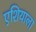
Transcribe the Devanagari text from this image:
एशियाला